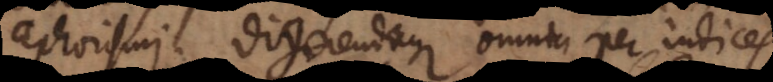
aphorismi. Digerendaque omnia per indice